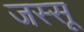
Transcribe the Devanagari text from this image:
जस्सू